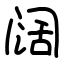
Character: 阔